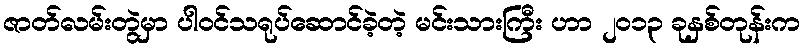
ဇာတ်လမ်းတွဲမှာ ပါဝင်သရုပ်ဆောင်ခဲ့တဲ့ မင်းသားကြီး ဟာ ၂၀၁၃ ခုနှစ်တုန်းက